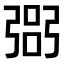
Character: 𢐆